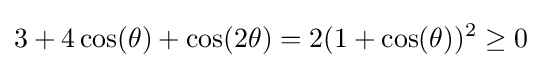
3+4\cos(\theta )+\cos(2\theta )=2(1+\cos(\theta ))^{2}\geq 0